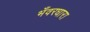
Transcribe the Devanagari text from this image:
भँवरधारा